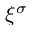
\xi ^ { \sigma }